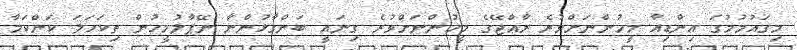
މިގައުމުމުގަ އިންޑިއާ މީހުންނަށްވުރެ ރާއްޖޭގެ މީހުންނަށްވުރެ ގިނައީ ބަންގާޅުންނާ ނޭޕާލުމީހުން ތިކަހަލަ ކަންކަމާ